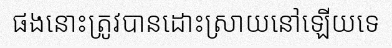
ផងនោះត្រូវបានដោះស្រាយនៅឡើយទេ